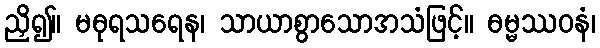
ညှိ၍။ မဓုရသရေန၊ သာယာစွာသောအသံဖြင့်။ ဓမ္မဿဝနံ၊